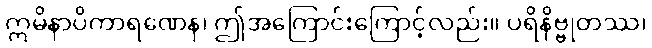
ဣမိနာပိကာရဏေန၊ ဤအကြောင်းကြောင့်လည်း။ ပရိနိဗ္ဗုတဿ၊